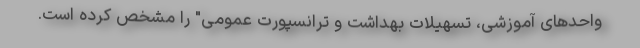
واحدهای آموزشی، تسهیلات بهداشت و ترانسپورت عمومی" را مشخص کرده است.